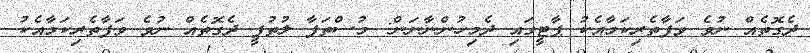
ދެގޮތެއް ނުވެ ވަފާތެރިކަމާއެކު ޕާޓީގައި ދެމިހުންނާނަން: މުސްތަފާ ލުތުފީ ދެގޮތެއް ނުވެ ވަފާތެރިކަމާއެކު